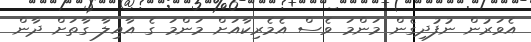
އެވަރުން ނުފުދިގެން މަންމަ ވެސް އެމެރިކާއަށް މަންމަ ގެ އާއިލާ ގާތަށް ދާން